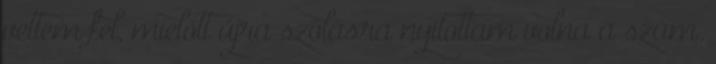
vettem fel, mielőtt újra szólásra nyitottam volna a szám.